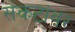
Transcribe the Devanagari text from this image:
संकटांवर